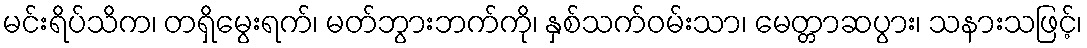
မင်းရိပ်သိက၊ တရှိမွေးရက်၊ မတ်ဘွားဘက်ကို၊ နှစ်သက်ဝမ်းသာ၊ မေတ္တာဆပွား၊ သနားသဖြင့်၊